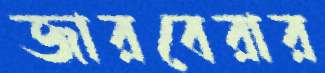
জারবেরার